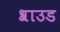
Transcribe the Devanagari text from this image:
श्राउड